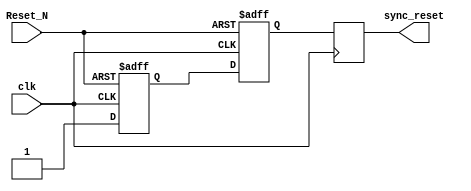
module async_reset_synchronizer (
    input  wire clk,        // Clock signal
    input  wire Reset_N,    // Active low asynchronous reset signal
    output reg  sync_reset   // Synchronized reset output
);

// Internal signals for synchronization
reg reset_stage1;
reg reset_stage2;

// Asynchronous reset to synchronous reset synchronization
always @(posedge clk or negedge Reset_N) begin
    if (!Reset_N) begin
        // Asynchronous reset is asserted (Reset_N is low), clear stages
        reset_stage1 <= 1'b0;
        reset_stage2 <= 1'b0;
    end else begin
        // Capture the reset state in the first flip-flop
        reset_stage1 <= 1'b1; // Reset can be released, but should be held on next clock
        reset_stage2 <= reset_stage1; // Pass through to second stage
    end
end

// Output the synchronized reset
always @(posedge clk) begin
    sync_reset <= reset_stage2; // Output the synchronized reset state
end

endmodule